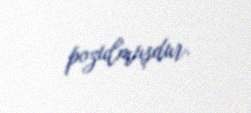
pozulmuşdur.